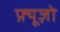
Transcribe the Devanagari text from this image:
फ़्यूज़ो